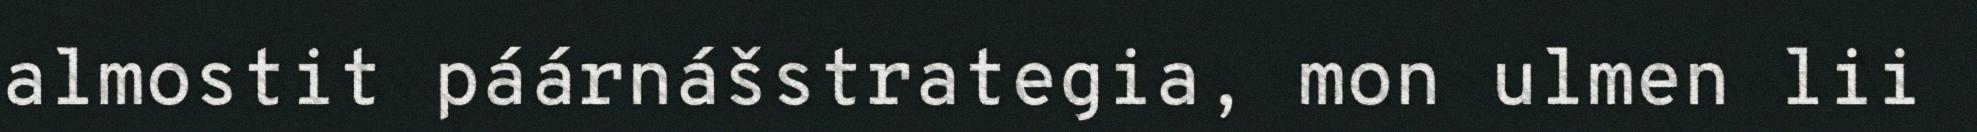
almostit páárnášstrategia, mon ulmen lii